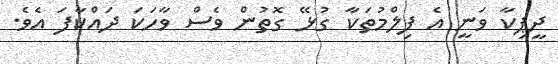
ދީޕިކާ ވަނީ އެ ފިލްމުތަކާ ގުޅޭ ގޮތުން ވެސް ވާހަކަ ދައްކާފަ އެވެ.